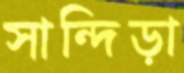
সান্দিড়া